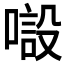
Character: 𱔒